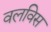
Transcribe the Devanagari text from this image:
वलविस